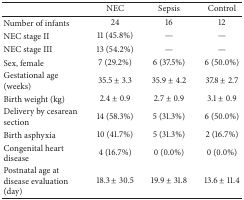
|  | NEC | Sepsis | Control |
 | --- | --- | --- | --- |
 | Number of infants | 24 | 16 | 12 |
 | NEC stage II | 11 (45.8%) | — | — |
 | NEC stage III | 13 (54.2%) | — | — |
 | Sex, female | 7 (29.2%) | 6 (37.5%) | 6 (50.0%) |
 | Gestational age (weeks) | 35.5 ± 3.3 | 35.9 ± 4.2 | 37.8 ± 2.7 |
 | Birth weight (kg) | 2.4 ± 0.9 | 2.7 ± 0.9 | 3.1 ± 0.9 |
 | Delivery by cesarean section | 14 (58.3%) | 5 (31.3%) | 6 (50.0%) |
 | Birth asphyxia | 10 (41.7%) | 5 (31.3%) | 2 (16.7%) |
 | Congenital heart disease | 4 (16.7%) | 0 (0.0%) | 0 (0.0%) |
 | Postnatal age at disease evaluation (day) | 18.3 ± 30.5 | 19.9 ± 31.8 | 13.6 ± 11.4 |